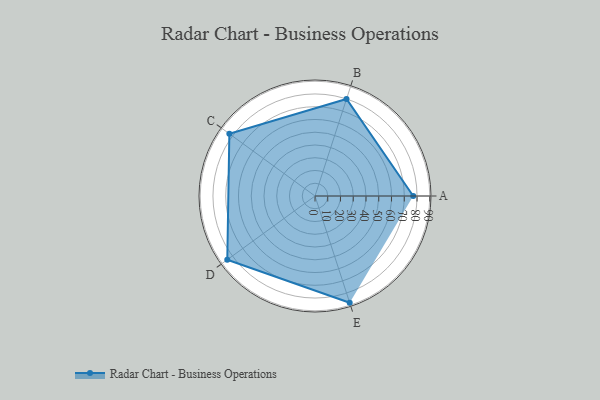
{"axis": {"x": "Skill", "y": "Score"}, "legend": ["Profile"], "data": [{"x": "A", "y": 77.0, "type": "Profile"}, {"x": "B", "y": 80.0, "type": "Profile"}, {"x": "C", "y": 83.0, "type": "Profile"}, {"x": "D", "y": 85.0, "type": "Profile"}, {"x": "E", "y": 88.0, "type": "Profile"}]}